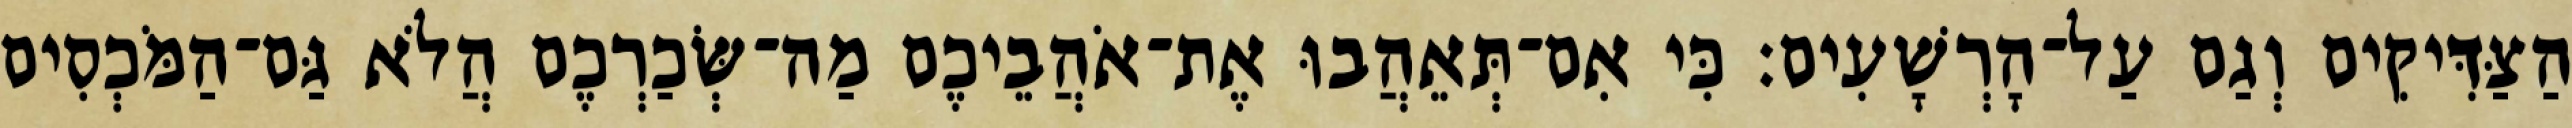
הַצַּדִּיקִים וְגַם עַל־הָרְשָׁעִים׃ כִּי אִם־תְּאֵהֲבוּ אֶת־אֹהֲבֵיכֶם מַה־שְּׂכַרְכֶם הֲלֹא גַּם־הַמֹּכְסִים